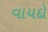
વાયદો